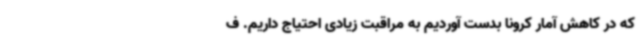
که در کاهش آمار کرونا بدست آوردیم به مراقبت زیادی احتیاج داریم. ف